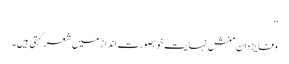
‘‘
وفا یزدان منش نہایت خوبصورت انداز میں شعرکہتی ہیں۔